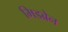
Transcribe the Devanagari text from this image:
मिडब्रेन